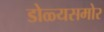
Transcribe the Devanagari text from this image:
डोळ्यसमोर